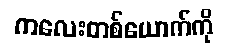
ကလေးတစ်ယောက်ကို